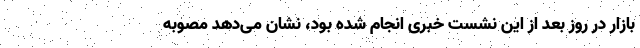
بازار در روز بعد از این نشست خبری انجام شده بود، نشان می‌دهد مصوبه